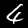
Label: 4